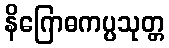
နိဂြောဓကပ္ပသုတ္တ